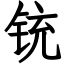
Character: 铳